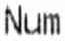
NUM